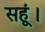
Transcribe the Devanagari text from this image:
सहूं।